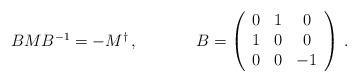
LaTeX: \begin{align*}\begin{array}{cc}BMB^{-1}=-M^{\dagger}\,,~~~~&~~~~B=\left(\begin{array}{ccc} 0&1&0\\ 1&0&0\\ 0&0&-1 \end{array}\right)\,.\end{array}\end{align*}